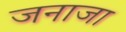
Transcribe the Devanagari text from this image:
जनाजा